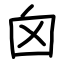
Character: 囟